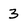
Character: 3